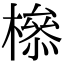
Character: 𣚈